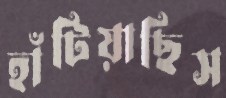
হাঁটিয়াছিস